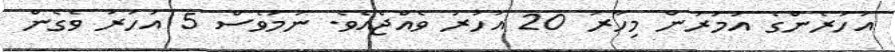
އަހަރެންގެ އުމުރުން މިހާރު 20 އަހަރު ވެއްޖެއެވެ. ނަމަވެސް 5 އަހަރު ވެގެން